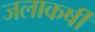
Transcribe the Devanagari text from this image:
जलाकर्षी